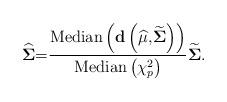
LaTeX: \begin{align*}\widehat{\mathbf{\Sigma}}\mathbf{=}\frac{\mathrm{Median}\left( \mathbf{d}\left( \widehat{\mathbf{\mu}}\mathbf{,}\widetilde{\mathbf{\Sigma}}\right)\right) }{\mathrm{Median}\left( \chi_{p}^{2}\right) }\widetilde{\mathbf{\Sigma}}. \end{align*}